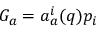
G _ { a } = a _ { a } ^ { i } ( q ) p _ { i }